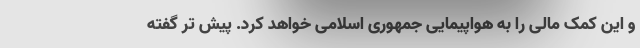
و این کمک مالی را به هواپیمایی جمهوری اسلامی خواهد کرد. پیش تر گفته